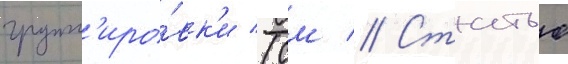
групп'иро́вк'и (см // Статью